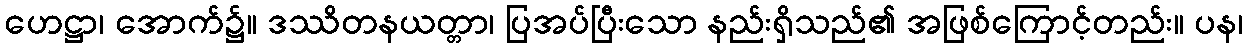
ဟေဋ္ဌာ၊ အောက်၌။ ဒဿိတနယတ္တာ၊ ပြအပ်ပြီးသော နည်းရှိသည်၏ အဖြစ်ကြောင့်တည်း။ ပန၊